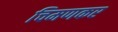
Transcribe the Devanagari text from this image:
चिमणकर